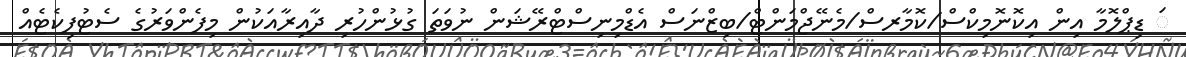
ަ ޑިޕްލޮމާ އިން އިކޮނޮމިކްސް/ކޮމާރސް/މެނޭޖްމަންޓް/ބިޒްނަސް އެޑްމިނިސްޓްރޭޝަން ނުވަތަ ގުޅުންހުރި ދާއިރާއަކުން މިފެންވަރުގެ ސެޓުފިކެޓެއް